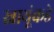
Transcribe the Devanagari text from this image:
स्नायूंकडे